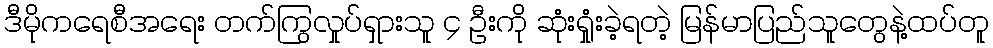
ဒီမိုကရေစီအရေး တက်ကြွလှုပ်ရှားသူ ၄ ဦးကို ဆုံးရှုံးခဲ့ရတဲ့ မြန်မာပြည်သူတွေနဲ့ထပ်တူ